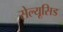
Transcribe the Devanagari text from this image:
सेल्यूसिड